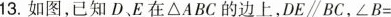
13.如图，已知D、E在△ABC的边上，DE\parallelBC，$$∠ B =